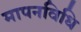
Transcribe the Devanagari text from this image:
मापनविधि